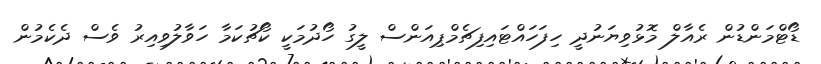
ޑޯޓްމަންޑުން ރެއާލް މޮޅުވިޔަނުދީ ހިފަހައްޓައިފިޗެމްޕިއަންސް ލީގު ހޯދުމަކީ ކޯޗުކަމާ ހަވާލުވިއިރު ވެސް ދެކެމުން